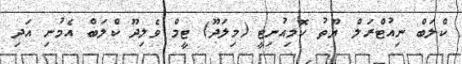
ކްލަބް ނިއުޓްރަލް ޔޫތު ކޮމިއުނިޓީ (މިލަދޫ) ޓީމް ވެލިދޫ ކްލަބް އެމުނި އަދި